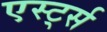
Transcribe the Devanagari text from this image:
एर्स्ट्स